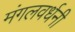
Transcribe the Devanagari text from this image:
मंगलवर्धनी